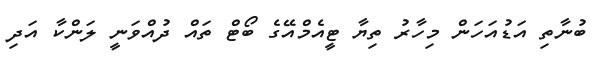
ބުނާތި އަޑުއަހަން މިހާރު ތިޔާ ޓީއެމްއޭގެ ބޯޓް ތައް ދުއްވަނީ ލަންކާ އަދި